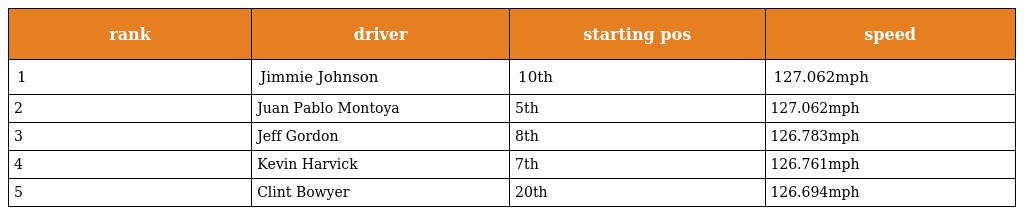
| rank | driver | starting pos | speed |
 | --- | --- | --- | --- |
 | 1 | Jimmie Johnson | 10th | 127.062mph |
 | 2 | Juan Pablo Montoya | 5th | 127.062mph |
 | 3 | Jeff Gordon | 8th | 126.783mph |
 | 4 | Kevin Harvick | 7th | 126.761mph |
 | 5 | Clint Bowyer | 20th | 126.694mph |